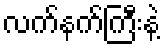
လက်နက်ကြီးနဲ့